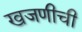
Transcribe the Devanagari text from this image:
खजणीची